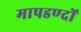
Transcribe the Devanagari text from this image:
मापडण्दों